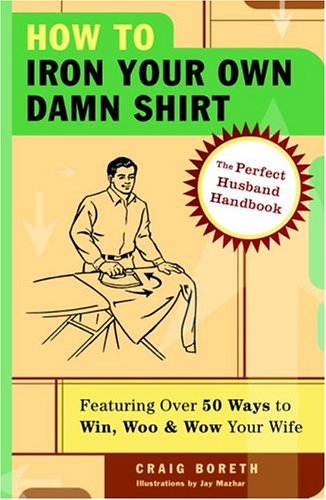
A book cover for How to Iron Your Own Damn Shirt: The Perfect Husband Handbook Featuring Over 50 Foolproof Ways to Win, Woo & Wow Your Wife; Craig Boreth; Health, Fitness & Dieting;